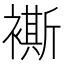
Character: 𧝤